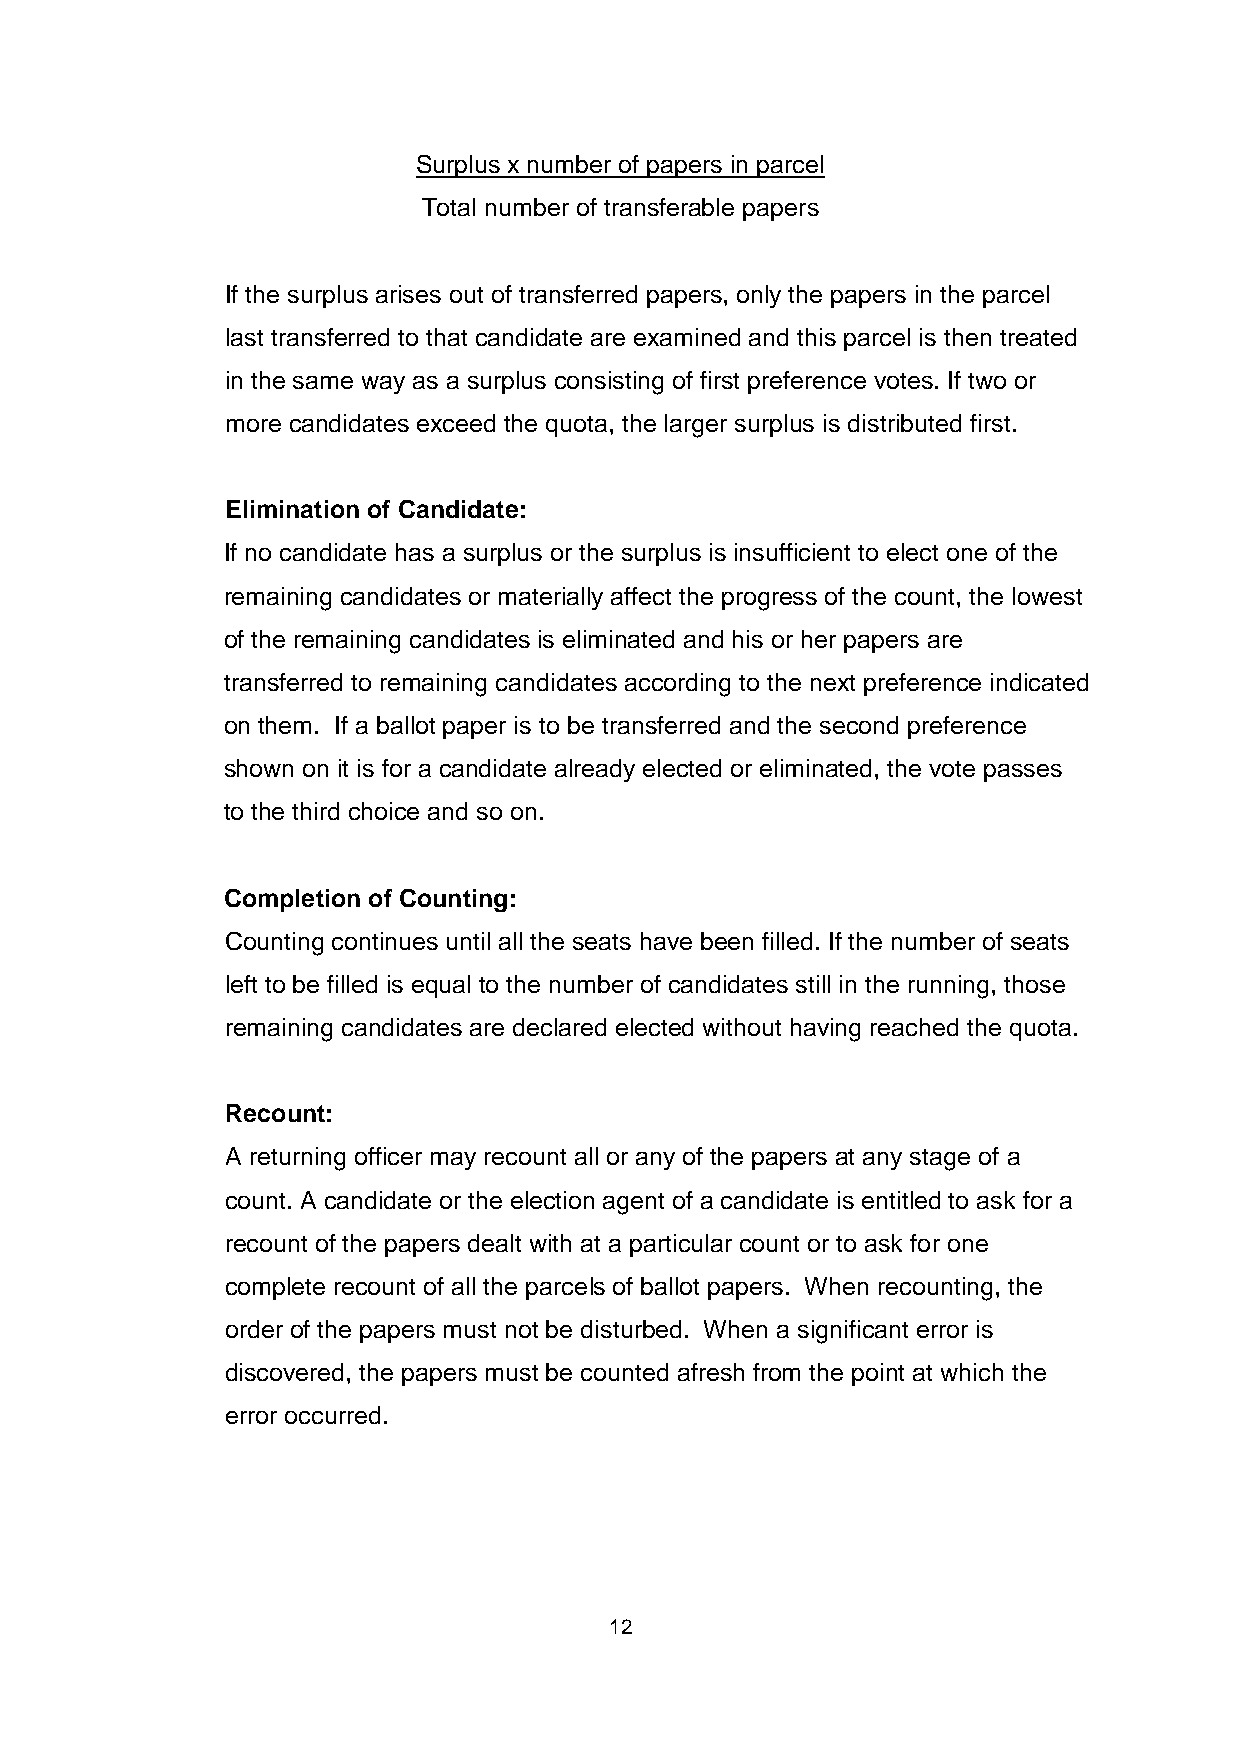
Surplus x number of papers in parcel
 Total number of transferable papers
 If the surplus arises out of transferred papers, only the papers in the parcel
 last transferred to that candidate are examined and this parcel is then treated
 in the same way as a surplus consisting of first preference votes. If two or
 more candidates exceed the quota, the larger surplus is distributed first.
 Elimination of Candidate:
 If no candidate has a surplus or the surplus is insufficient to elect one of the
 remaining candidates or materially affect the progress of the count, the lowest
 of the remaining candidates is eliminated and his or her papers are
 transferred to remaining candidates according to the next preference indicated
 on them. If a ballot paper is to be transferred and the second preference
 shown on it is for a candidate already elected or eliminated, the vote passes
 to the third choice and so on.
 Completion of Counting:
 Counting continues until all the seats have been filled. If the number of seats
 left to be filled is equal to the number of candidates still in the running, those
 remaining candidates are declared elected without having reached the quota.
 Recount:
 A returning officer may recount all or any of the papers at any stage of a
 count. A candidate or the election agent of a candidate is entitled to ask for a
 recount of the papers dealt with at a particular count or to ask for one
 complete recount of all the parcels of ballot papers. When recounting, the
 order of the papers must not be disturbed. When a significant error is
 discovered, the papers must be counted afresh from the point at which the
 error occurred.
 12